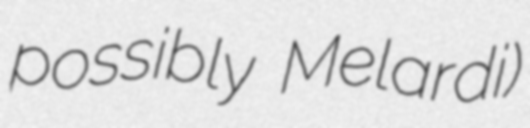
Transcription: possibly Melardi)